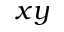
x y